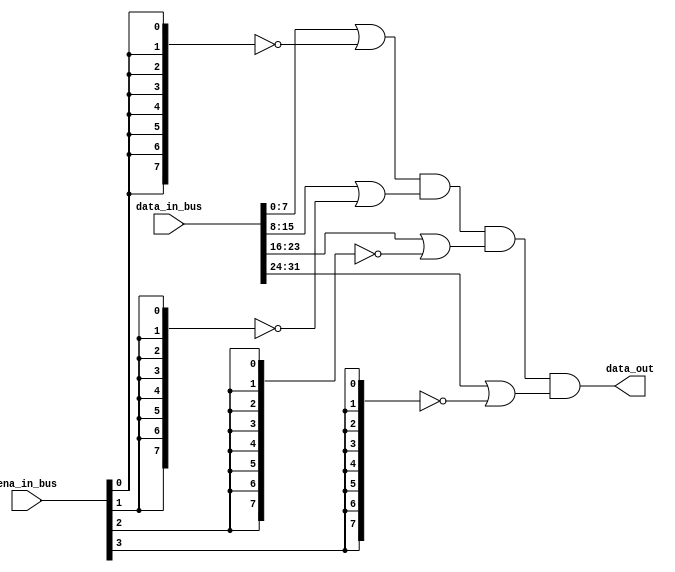
module muxer_unitary_zero #(
  parameter WIDTH = 8,
  parameter NUM = 4
)(
  input [NUM*WIDTH-1:0] data_in_bus,
  input [NUM-1:0] ena_in_bus,
  output [WIDTH-1:0] data_out
);

// vars
genvar i;
wire [WIDTH-1:0] data_packed [NUM-1:0];
wire [WIDTH-1:0] data_nored [NUM-1:0];  // or strobed
wire [WIDTH-1:0] data_anded [NUM-1:0];

// assigns
assign data_anded[0] = data_nored[0];
assign data_out = data_anded[NUM-1];


// main logic
generate for (i = 0; i < NUM; i = i + 1)
  begin: packing_noring
  assign data_packed[i] = data_in_bus[i*WIDTH+:WIDTH];
  assign data_nored[i] = data_packed[i] | ~{WIDTH{ena_in_bus[i]}};
  end
endgenerate



generate for (i = 1; i < NUM; i = i + 1)
  begin: anding
    assign data_anded[i] = data_anded[i-1] & data_nored[i];
  end
endgenerate



endmodule